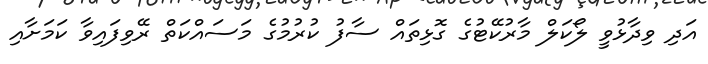
އަދި ވިދާޅުވީ ލޯކަލް މާރުކޭޓުގެ ގޮޅިތައް ސާފު ކުރުމުގެ މަސައްކަތް ރޭވިފައިވާ ކަމަށާއި